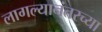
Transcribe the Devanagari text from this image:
लागल्यानंतरच्या